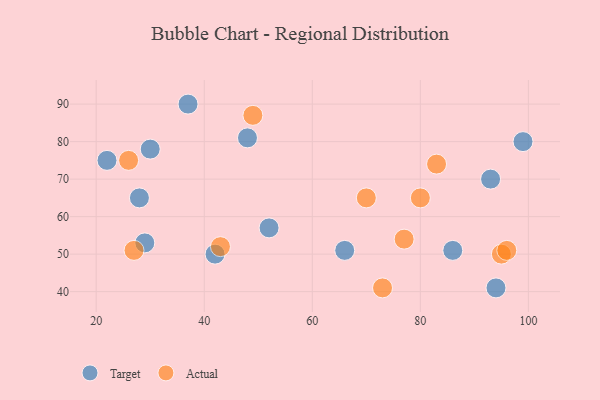
{"axis": {"x": "GDP", "y": "Life Expectancy"}, "legend": ["Actual", "Target"], "data": [{"x": "99", "y": 80, "type": "Target"}, {"x": "86", "y": 51, "type": "Target"}, {"x": "28", "y": 65, "type": "Target"}, {"x": "37", "y": 90, "type": "Target"}, {"x": "48", "y": 81, "type": "Target"}, {"x": "42", "y": 50, "type": "Target"}, {"x": "22", "y": 75, "type": "Target"}, {"x": "29", "y": 53, "type": "Target"}, {"x": "66", "y": 51, "type": "Target"}, {"x": "93", "y": 70, "type": "Target"}, {"x": "52", "y": 57, "type": "Target"}, {"x": "30", "y": 78, "type": "Target"}, {"x": "94", "y": 41, "type": "Target"}, {"x": "26", "y": 75, "type": "Actual"}, {"x": "27", "y": 51, "type": "Actual"}, {"x": "95", "y": 50, "type": "Actual"}, {"x": "43", "y": 52, "type": "Actual"}, {"x": "80", "y": 65, "type": "Actual"}, {"x": "73", "y": 41, "type": "Actual"}, {"x": "70", "y": 65, "type": "Actual"}, {"x": "77", "y": 54, "type": "Actual"}, {"x": "49", "y": 87, "type": "Actual"}, {"x": "83", "y": 74, "type": "Actual"}, {"x": "96", "y": 51, "type": "Actual"}]}